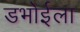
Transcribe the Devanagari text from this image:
डभोईला